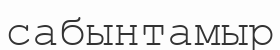
сабынтамыр